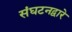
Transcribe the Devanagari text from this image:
संघटनद्वारे